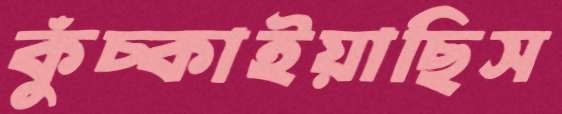
কুঁচ্‌কাইয়াছিস